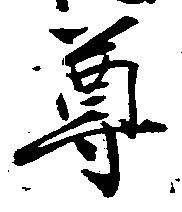
尊